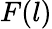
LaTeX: F(l)